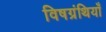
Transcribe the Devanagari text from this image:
विषग्रंथियाँ